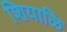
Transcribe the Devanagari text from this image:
शियाळि